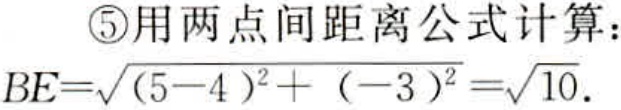
\textcircled{5}用两点间距离公式计算：
\(BE = \sqrt{(5 - 4)^2 + (-3)^2}=\sqrt{10}\)